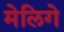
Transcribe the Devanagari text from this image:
मेलिगे